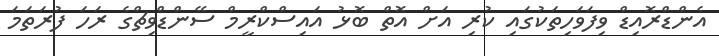
އެންޑްރޮއިޑް ވިފަވަހިތަކުގައި ކުރި އަށް އޮތް ބޮޅު އައިސްކްރީމް ސޭންޑްވިޗްގެ ރަހަ ފުރަތަމަ